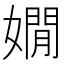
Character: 嫺